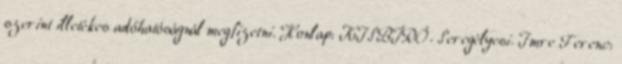
szerint illetékes adóhatóságnál megfizetni. Honlap: KISBÍRÓ. Seregélyesi. Imre Ferenc: